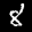
Label: 8